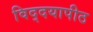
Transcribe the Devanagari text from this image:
विद्दयापीठ